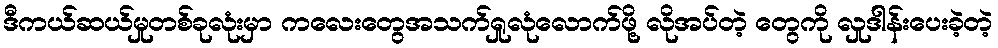
ဒီကယ်ဆယ်မှုတစ်ခုလုံးမှာ ကလေးတွေအသက်ရှုလုံလောက်ဖို့ လိုအပ်တဲ့ တွေကို လှုဒါန်းပေးခဲ့တဲ့